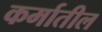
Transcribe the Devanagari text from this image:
कर्मातील